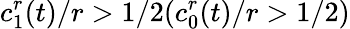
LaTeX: c_{1}^{r}(t)/r>1/2(c_{0}^{r}(t)/r>1/2)